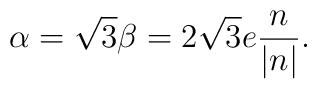
\alpha=\sqrt{3}\beta=2\sqrt{3}e\frac{n}{|n|}.